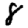
Digit: 8